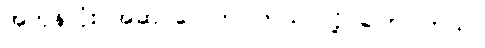
အကုန်လုံး အဆင်ပြေကြပါတယ် လို့ ပြောပါတယ်။